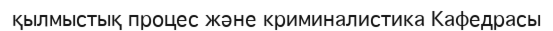
қылмыстық процес және криминалистика Кафедрасы